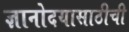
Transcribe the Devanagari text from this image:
ज्ञानोदयासाठीची